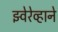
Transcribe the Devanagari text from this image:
झ्वेरेव्हाने